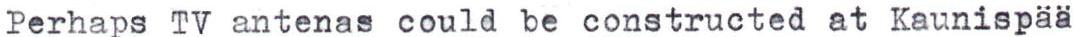
Perhaps TV antenas could be constructed at Kaunispää